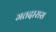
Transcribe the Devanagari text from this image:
मतदारास